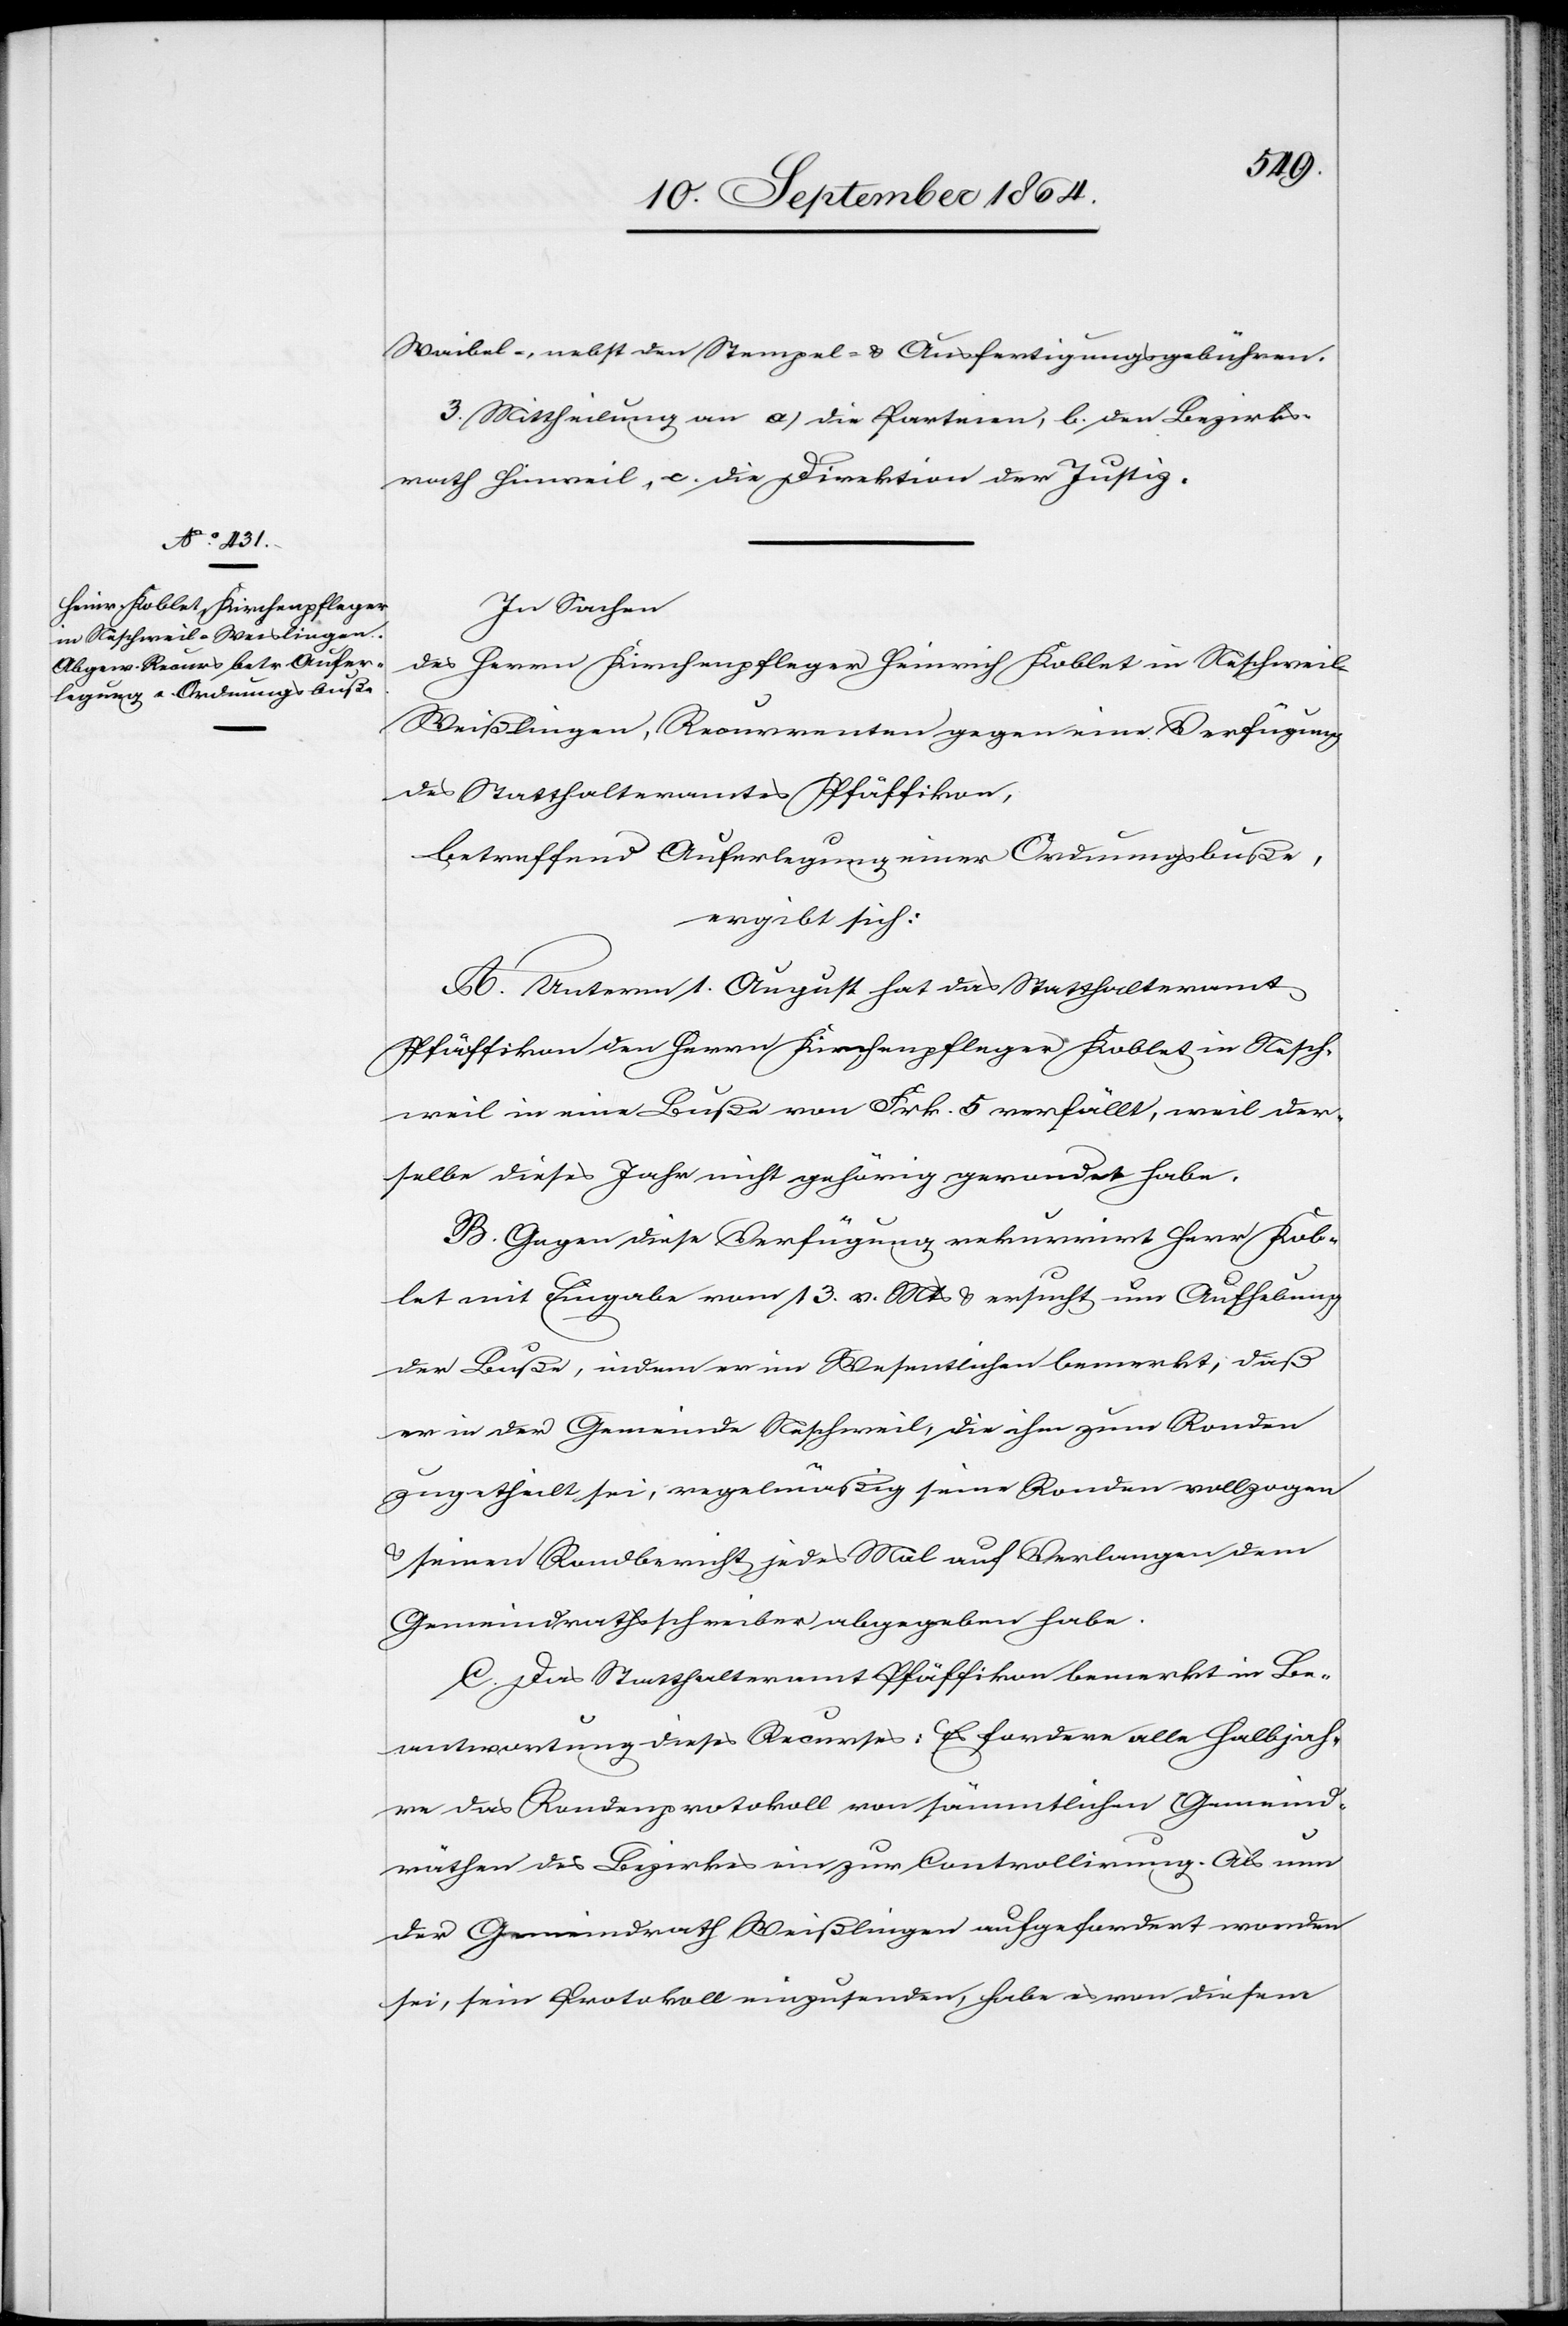
Waibel-, nebst den Stempel- & Ausfertigungsgebühren.
3. Mittheilung an a. die Parteien, b. den Bezirks¬
rath Hinweil, c. die Direktion der Justiz.
In Sachen
des Herrn Kirchenpfleger Heinrich Koblet in Neschweil-W¬
eißlingen, Recurrenten gegen eine Verfügung
des Statthalteramtes Pfäffikon,
betreffend Auferlegung einer Ordnungsbuße,
ergibt sich:
A. Unterm 1. August hat das Statthalteramt
Pfäffikon den Herrn Kirchenpfleger Koblet in Nesch¬
weil in eine Buße von Frk. 5 verfällt, weil der¬
selbe dieses Jahr nicht gehörig gerondet habe.
B. Gegen diese Verfügung rekurrirt Herr Kob¬
let mit Eingabe vom 13. v. Mts & ersucht um Aufhebung
der Buße, indem er im Wesentlichen bemerkt, daß
er in der Gemeinde Neschweil, die ihm zum Ronden
zugetheilt sei, regelmäßig seine Ronden vollzogen
& seinen Rondbericht jedes Mal auf Verlangen dem
Gemeindrathsschreiber abgegeben habe.
C. Das Statthalteramt Pfäffikon bemerkt in Be¬
antwortung dieses Recurses: Es fordere alle Halbjah¬
re das Rondprotokoll von sämmtlichen Gemeind¬
räthen des Bezirkes ein zur Controllirung. Als nun
der Gemeindrath Weißlingen aufgefordert worden
sei, sein Protokoll einzusenden, habe es von diesem